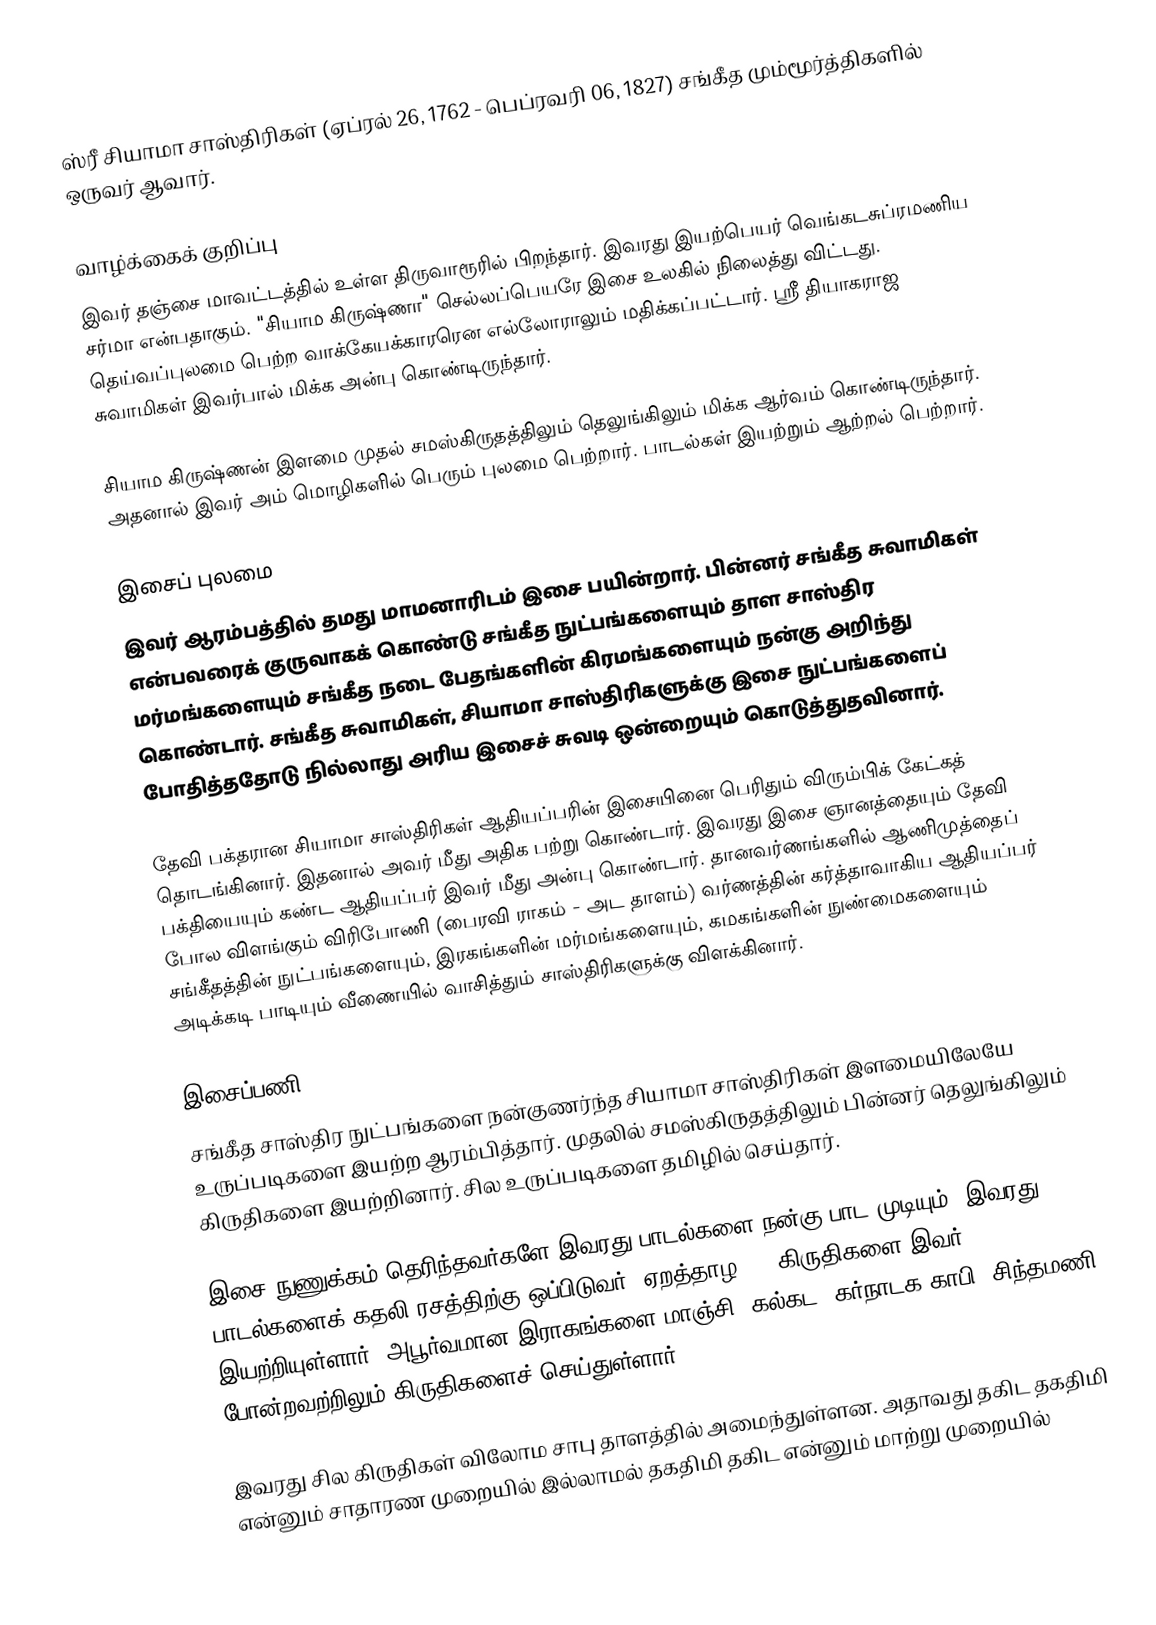
ஸ்ரீ சியாமா சாஸ்திரிகள் (ஏப்ரல் 26, 1762 - பெப்ரவரி 06, 1827) சங்கீத மும்மூர்த்திகளில் ஒருவர் ஆவார்.

வாழ்க்கைக் குறிப்பு
இவர் தஞ்சை மாவட்டத்தில் உள்ள திருவாரூரில் பிறந்தார். இவரது இயற்பெயர் வெங்கடசுப்ரமணிய சர்மா என்பதாகும். "சியாம கிருஷ்ணா" செல்லப்பெயரே இசை உலகில் நிலைத்து விட்டது. தெய்வப்புலமை பெற்ற வாக்கேயக்காரரென எல்லோராலும் மதிக்கப்பட்டார். ஸ்ரீ தியாகராஜ சுவாமிகள் இவர்பால் மிக்க அன்பு கொண்டிருந்தார்.

சியாம கிருஷ்ணன் இளமை முதல் சமஸ்கிருதத்திலும் தெலுங்கிலும் மிக்க ஆர்வம் கொண்டிருந்தார். அதனால் இவர் அம் மொழிகளில் பெரும் புலமை பெற்றார். பாடல்கள் இயற்றும் ஆற்றல் பெற்றார்.

இசைப் புலமை
இவர் ஆரம்பத்தில் தமது மாமனாரிடம் இசை பயின்றார். பின்னர் சங்கீத சுவாமிகள் என்பவரைக் குருவாகக் கொண்டு சங்கீத நுட்பங்களையும் தாள சாஸ்திர மர்மங்களையும் சங்கீத நடை பேதங்களின் கிரமங்களையும் நன்கு அறிந்து கொண்டார். சங்கீத சுவாமிகள், சியாமா சாஸ்திரிகளுக்கு இசை நுட்பங்களைப் போதித்ததோடு நில்லாது அரிய இசைச் சுவடி ஒன்றையும் கொடுத்துதவினார்.

தேவி பக்தரான சியாமா சாஸ்திரிகள் ஆதியப்பரின் இசையினை பெரிதும் விரும்பிக் கேட்கத் தொடங்கினார். இதனால் அவர் மீது அதிக பற்று கொண்டார். இவரது இசை ஞானத்தையும் தேவி பக்தியையும் கண்ட ஆதியப்பர் இவர் மீது அன்பு கொண்டார். தானவர்ணங்களில் ஆணிமுத்தைப் போல விளங்கும் விரிபோணி (பைரவி ராகம் - அட தாளம்) வர்ணத்தின் கர்த்தாவாகிய ஆதியப்பர் சங்கீதத்தின் நுட்பங்களையும், இரகங்களின் மர்மங்களையும், கமகங்களின் நுண்மைகளையும் அடிக்கடி பாடியும் வீணையில் வாசித்தும் சாஸ்திரிகளுக்கு விளக்கினார்.

இசைப்பணி
சங்கீத சாஸ்திர நுட்பங்களை நன்குணர்ந்த சியாமா சாஸ்திரிகள் இளமையிலேயே உருப்படிகளை இயற்ற ஆரம்பித்தார். முதலில் சமஸ்கிருதத்திலும் பின்னர் தெலுங்கிலும் கிருதிகளை இயற்றினார். சில உருப்படிகளை தமிழில் செய்தார்.

இசை நுணுக்கம் தெரிந்தவர்களே இவரது பாடல்களை நன்கு பாட முடியும். இவரது பாடல்களைக் கதலி ரசத்திற்கு ஒப்பிடுவர். ஏறத்தாழ 300 கிருதிகளை இவர் இயற்றியுள்ளார். அபூர்வமான இராகங்களை மாஞ்சி, கல்கட, கர்நாடக காபி, சிந்தமணி போன்றவற்றிலும் கிருதிகளைச் செய்துள்ளார்.

இவரது சில கிருதிகள் விலோம சாபு தாளத்தில் அமைந்துள்ளன. அதாவது தகிட தகதிமி என்னும் சாதாரண முறையில் இல்லாமல் தகதிமி தகிட என்னும் மாற்று முறையில்